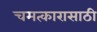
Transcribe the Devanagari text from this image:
चमत्कारासाठी